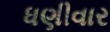
ધણીવાર